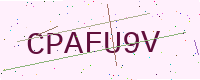
Text: CPAFU9V